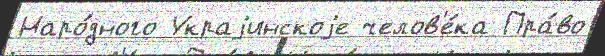
Наро́дного Украjинскоjе челов'е́ка Пра́во